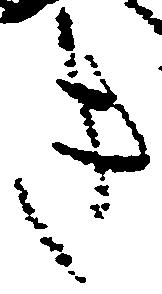
き